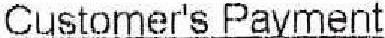
CUSTOMER'S PAYMENT